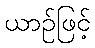
ယာဉ်ဖြင့်